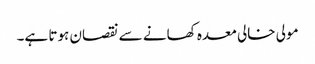
مولی خالی معدہ کھانے سے نقصان ہوتا ہے۔